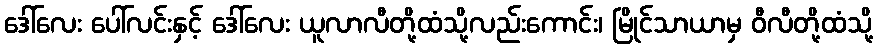
ဒေါ်လေး ပေါ်လင်းနှင့် ဒေါ်လေး ယူလာလီတို့ထံသို့လည်းကောင်း၊ မြိုင်သာယာမှ ဝီလီတို့ထံသို့